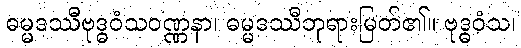
ဓမ္မဒဿီဗုဒ္ဓဝံသဝဏ္ဏနာ၊ ဓမ္မဒဿီဘုရားမြတ်၏။ ဗုဒ္ဓဝံသ၊